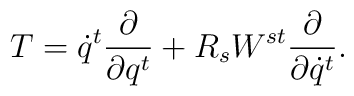
T = \dot q^t\frac{\partial}{\partial q^t} +R_s W^{st}\frac{\partial}{\partial \dot q^t} .